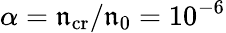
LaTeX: \alpha=\mathfrak{n}_{\mathrm{{cr}}}/\mathfrak{n}_{0}=10^{-6}